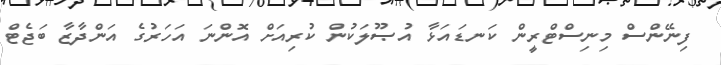
ފިނޭންސް މިނިސްޓްރީން ކަނޑައަޅާ އުޞޫލަކުން ކުރިއަށް އޮންނަ އަހަރުގެ އަންދާޒާ ބަޖެޓް